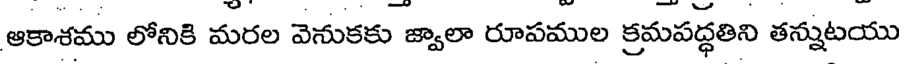
ఆకాశము లోనికి మరల వెనుకకు జ్వాలా రూపముల క్రమపద్ధతిని తన్నుటయు